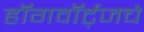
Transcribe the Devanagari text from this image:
हॉगवॉर्ट्‌जचे